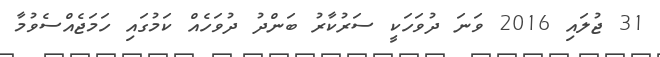
31 ޖުލައި 2016 ވަނަ ދުވަހަކީ ސަރުކާރު ބަންދު ދުވަހެއް ކަމުގައި ހަމަޖެއްސެވުމާ